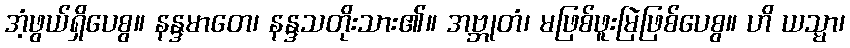
အံ့ဖွယ်ရှိပေစွ။ နန္ဒမာတေ၊ နန္ဒသတိုးသား၏။ အဗ္ဘုတံ၊ မဖြစ်ဖူးမြဲဖြစ်ပေစွ။ ဟိ ယသ္မာ၊